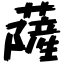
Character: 薩